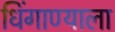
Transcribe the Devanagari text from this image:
धिंगाण्याला